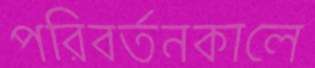
পরিবর্তনকালে